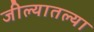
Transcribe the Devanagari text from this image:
जील्यातल्या